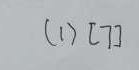
( 1 ) [ 7 ]